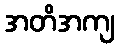
အတိအကျ